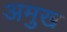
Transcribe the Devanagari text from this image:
अमुख